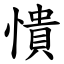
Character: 憒